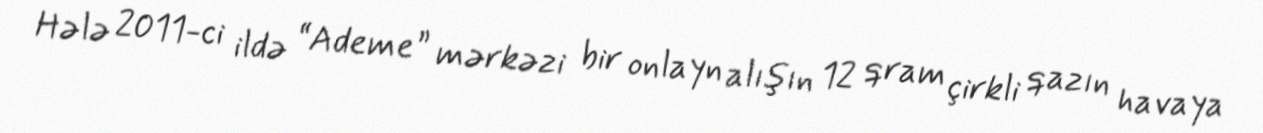
Hələ 2011-ci ildə “Ademe” mərkəzi bir onlayn alışın 12 qram çirkli qazın havaya